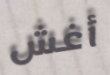
أغش